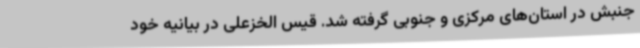
جنبش در استان‌های مرکزی و جنوبی گرفته شد. قیس الخزعلی در بیانیه خود